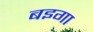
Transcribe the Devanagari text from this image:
बइगा